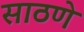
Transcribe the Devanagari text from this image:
साठणे